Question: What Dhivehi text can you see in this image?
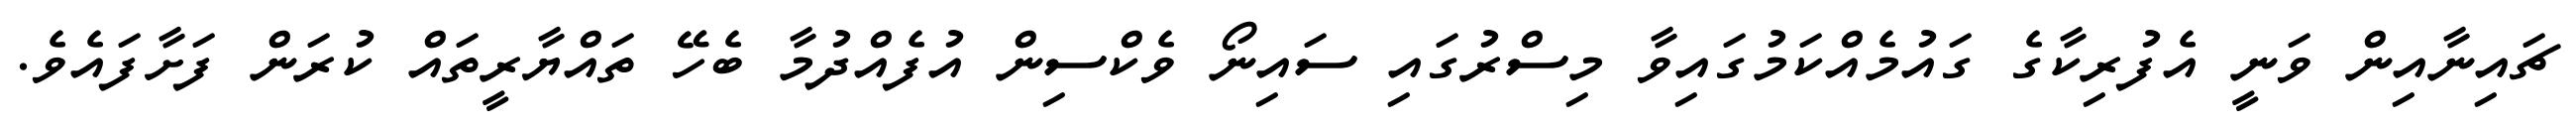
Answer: ޗައިނާއިން ވަނީ އެފުރިކާގެ ގައުމެއްކަމުގައިވާ މިސްރުގައި ސައިނޯ ވެކްސިން އުފެއްދުމާ ބެހޭ ތައްޔާރީތައް ކުރަން ފަށާފައެވެ.